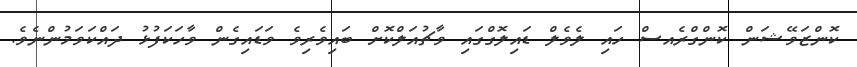
ކޮންޒަވޭޝަން ކޮންގްރެއސް ހައި ލެވެލް ޑައިލޮގްގައި ވާޗުއަލްކޮށް ބައިވެރިވެ ވަޑައިގެން ވާހަކަފުޅު ދައްކަވަމުންނެވެ.